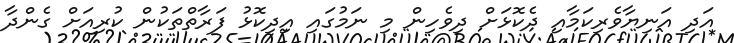
އަދި އަނިޔާވެރިކަމާއި ދެކޮޅަށް ދިވެހިން މި ނަމުގައި އިދިކޮޅު ފަރާތްތަކުން ކުރިއަށް ގެންދާ